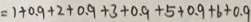
= 1 + 0 . 9 + 2 + 0 . 9 + 3 + 0 . 9 + 5 + 0 . 9 + 6 + 0 . 9